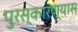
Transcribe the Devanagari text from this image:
पुरस्कारण्यास